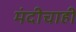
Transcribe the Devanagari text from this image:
मंदीचाही